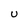
Character: U